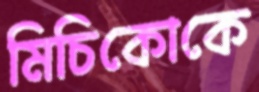
মিচিকোকে